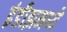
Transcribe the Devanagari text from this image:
इंडीझमध्ये